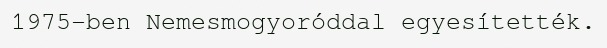
1975-ben Nemesmogyoróddal egyesítették.